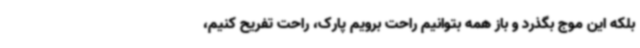
بلکه این موج بگذرد و باز همه بتوانیم راحت برویم پارک، راحت تفریح کنیم،